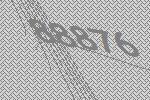
88876